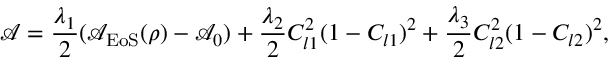
\mathcal { A } = \frac { \lambda _ { 1 } } { 2 } ( \mathcal { A } _ { \mathrm { E o S } } ( \rho ) - \mathcal { A } _ { 0 } ) + \frac { \lambda _ { 2 } } { 2 } C _ { l 1 } ^ { 2 } ( 1 - C _ { l 1 } ) ^ { 2 } + \frac { \lambda _ { 3 } } { 2 } C _ { l 2 } ^ { 2 } ( 1 - C _ { l 2 } ) ^ { 2 } ,